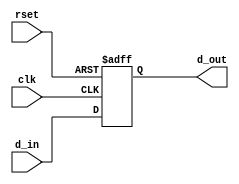
///////////////Program_counter/////////////////////
`timescale 1ps/1ps 

module program_counter(d_out, clk, rset, d_in);
/////////Inputs
input clk;
input rset;
input [31:0] d_in;
////////Output
output reg [31:0] d_out;

always @(posedge clk, posedge rset)
begin 
#50
if (rset)
	d_out <= 0;
else 
	d_out <= d_in;	
end
endmodule